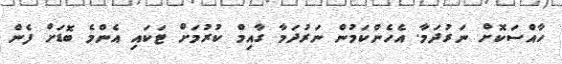
ހާއްސަކޮށް ނަރުދަމާ. އެހެންކަމުން ނަރުދަމާ ގާއިމް ކުރުމަށް ޓަކައި އެންމެ ބޮޑަށް ފެން